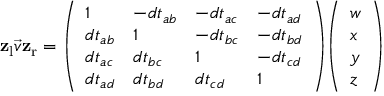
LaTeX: \mathbf { z } _ { \mathrm { { l } } } { \vec { v } } \mathbf { z } _ { \mathrm { { r } } } = { \left( \begin{array} { l l l l } { 1 } & { - d t _ { a b } } & { - d t _ { a c } } & { - d t _ { a d } } \\ { d t _ { a b } } & { 1 } & { - d t _ { b c } } & { - d t _ { b d } } \\ { d t _ { a c } } & { d t _ { b c } } & { 1 } & { - d t _ { c d } } \\ { d t _ { a d } } & { d t _ { b d } } & { d t _ { c d } } & { 1 } \end{array} \right) } { \left( \begin{array} { l } { w } \\ { x } \\ { y } \\ { z } \end{array} \right) }